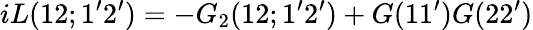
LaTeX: iL(12;1^{\prime}2^{\prime})=-G_{2}(12;1^{\prime}2^{\prime})+G(11^{\prime})G(22^{\prime})